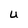
Character: U